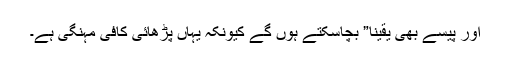
اور پیسے بھی یقینا” بچاسکتے ہوں گے کیونکہ یہاں پڑھائی کافی مہنگی ہے۔